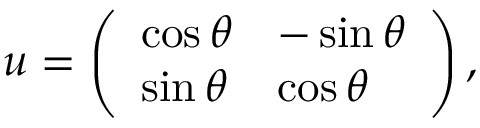
\begin{array} { r } { \boldsymbol { { u } } = \left( \begin{array} { l l } { \cos \theta } & { - \sin \theta } \\ { \sin \theta } & { \cos \theta } \end{array} \right) , } \end{array}